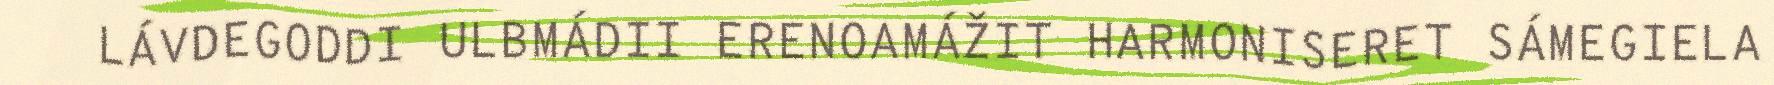
LÁVDEGODDI ULBMÁDII ERENOAMÁŽIT HARMONISERET SÁMEGIELA